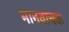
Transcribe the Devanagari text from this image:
मानवाचक